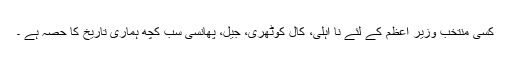
کسی منتخب وزیر اعظم کے لئے نا اہلی، کال کوٹھری، جیل، پھانسی سب کچھ ہماری تاریخ کا حصہ ہے ۔